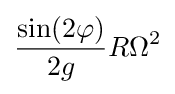
{\frac {\sin(2\varphi )}{2g}}{R\Omega ^{2}}